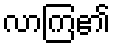
လာကြ၏